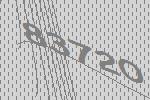
83720